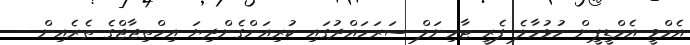
އެމްވީ އެމްޑީޕީން ހުޅުމާލެ ފެރީ ޓާމިނަލް ސަރަހައްދުގައި ކުރިއަށްގެންދިޔަ އިހްތިޖާޖްގެ ތެރެއިން -